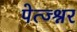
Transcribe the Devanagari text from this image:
पेत्ज्श्नर